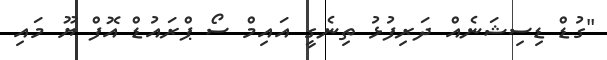
"ގުޑް ޑިސިޝަނެއް ދަރިފުޅު ތިނެގީ އައިމް ސޯ ޕްރައުޑް އޮފް ޔޫ މައި